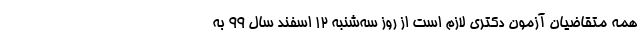
همه متقاضیان آزمون دکتری لازم است از روز سه‌شنبه ۱۲ اسفند سال ۹۹ به